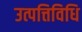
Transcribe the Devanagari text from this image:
उत्पत्तिविधि